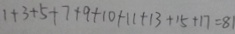
1 + 3 + 5 + 7 + 9 + 1 0 + 1 1 + 1 3 + 1 5 + 1 7 = 8 1